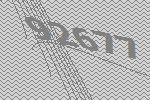
92677